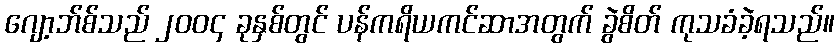
ဂျော့ဘ်စ်သည် ၂၀၀၄ ခုနှစ်တွင် ပန်ကရိယကင်ဆာအတွက် ခွဲစိတ် ကုသခံခဲ့ရသည်။